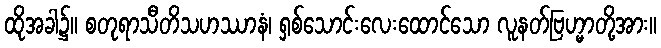
ထိုအခါ၌။ စတုရာသီတိသဟဿာနံ၊ ရှစ်သောင်းလေးထောင်သော လူနတ်ဗြဟ္မာတို့အား။